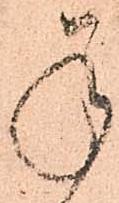
承